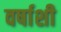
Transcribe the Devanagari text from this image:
वर्षाशी